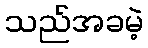
သည်အခမဲ့